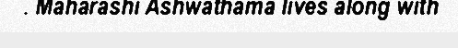
. Maharashi Ashwathama lives along with